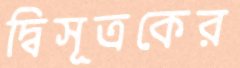
দ্বিসূত্রকের